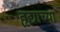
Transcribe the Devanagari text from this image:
हृद्याच्या